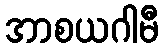
အာစယဂါမီ